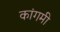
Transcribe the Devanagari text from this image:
कांगमी